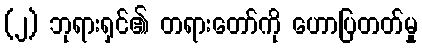
(၂) ဘုရားရှင်၏ တရားတော်ကို ဟောပြတတ်မှု